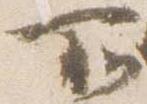
所